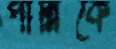
পান্নিকে